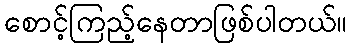
စောင့်ကြည့်နေတာဖြစ်ပါတယ်။